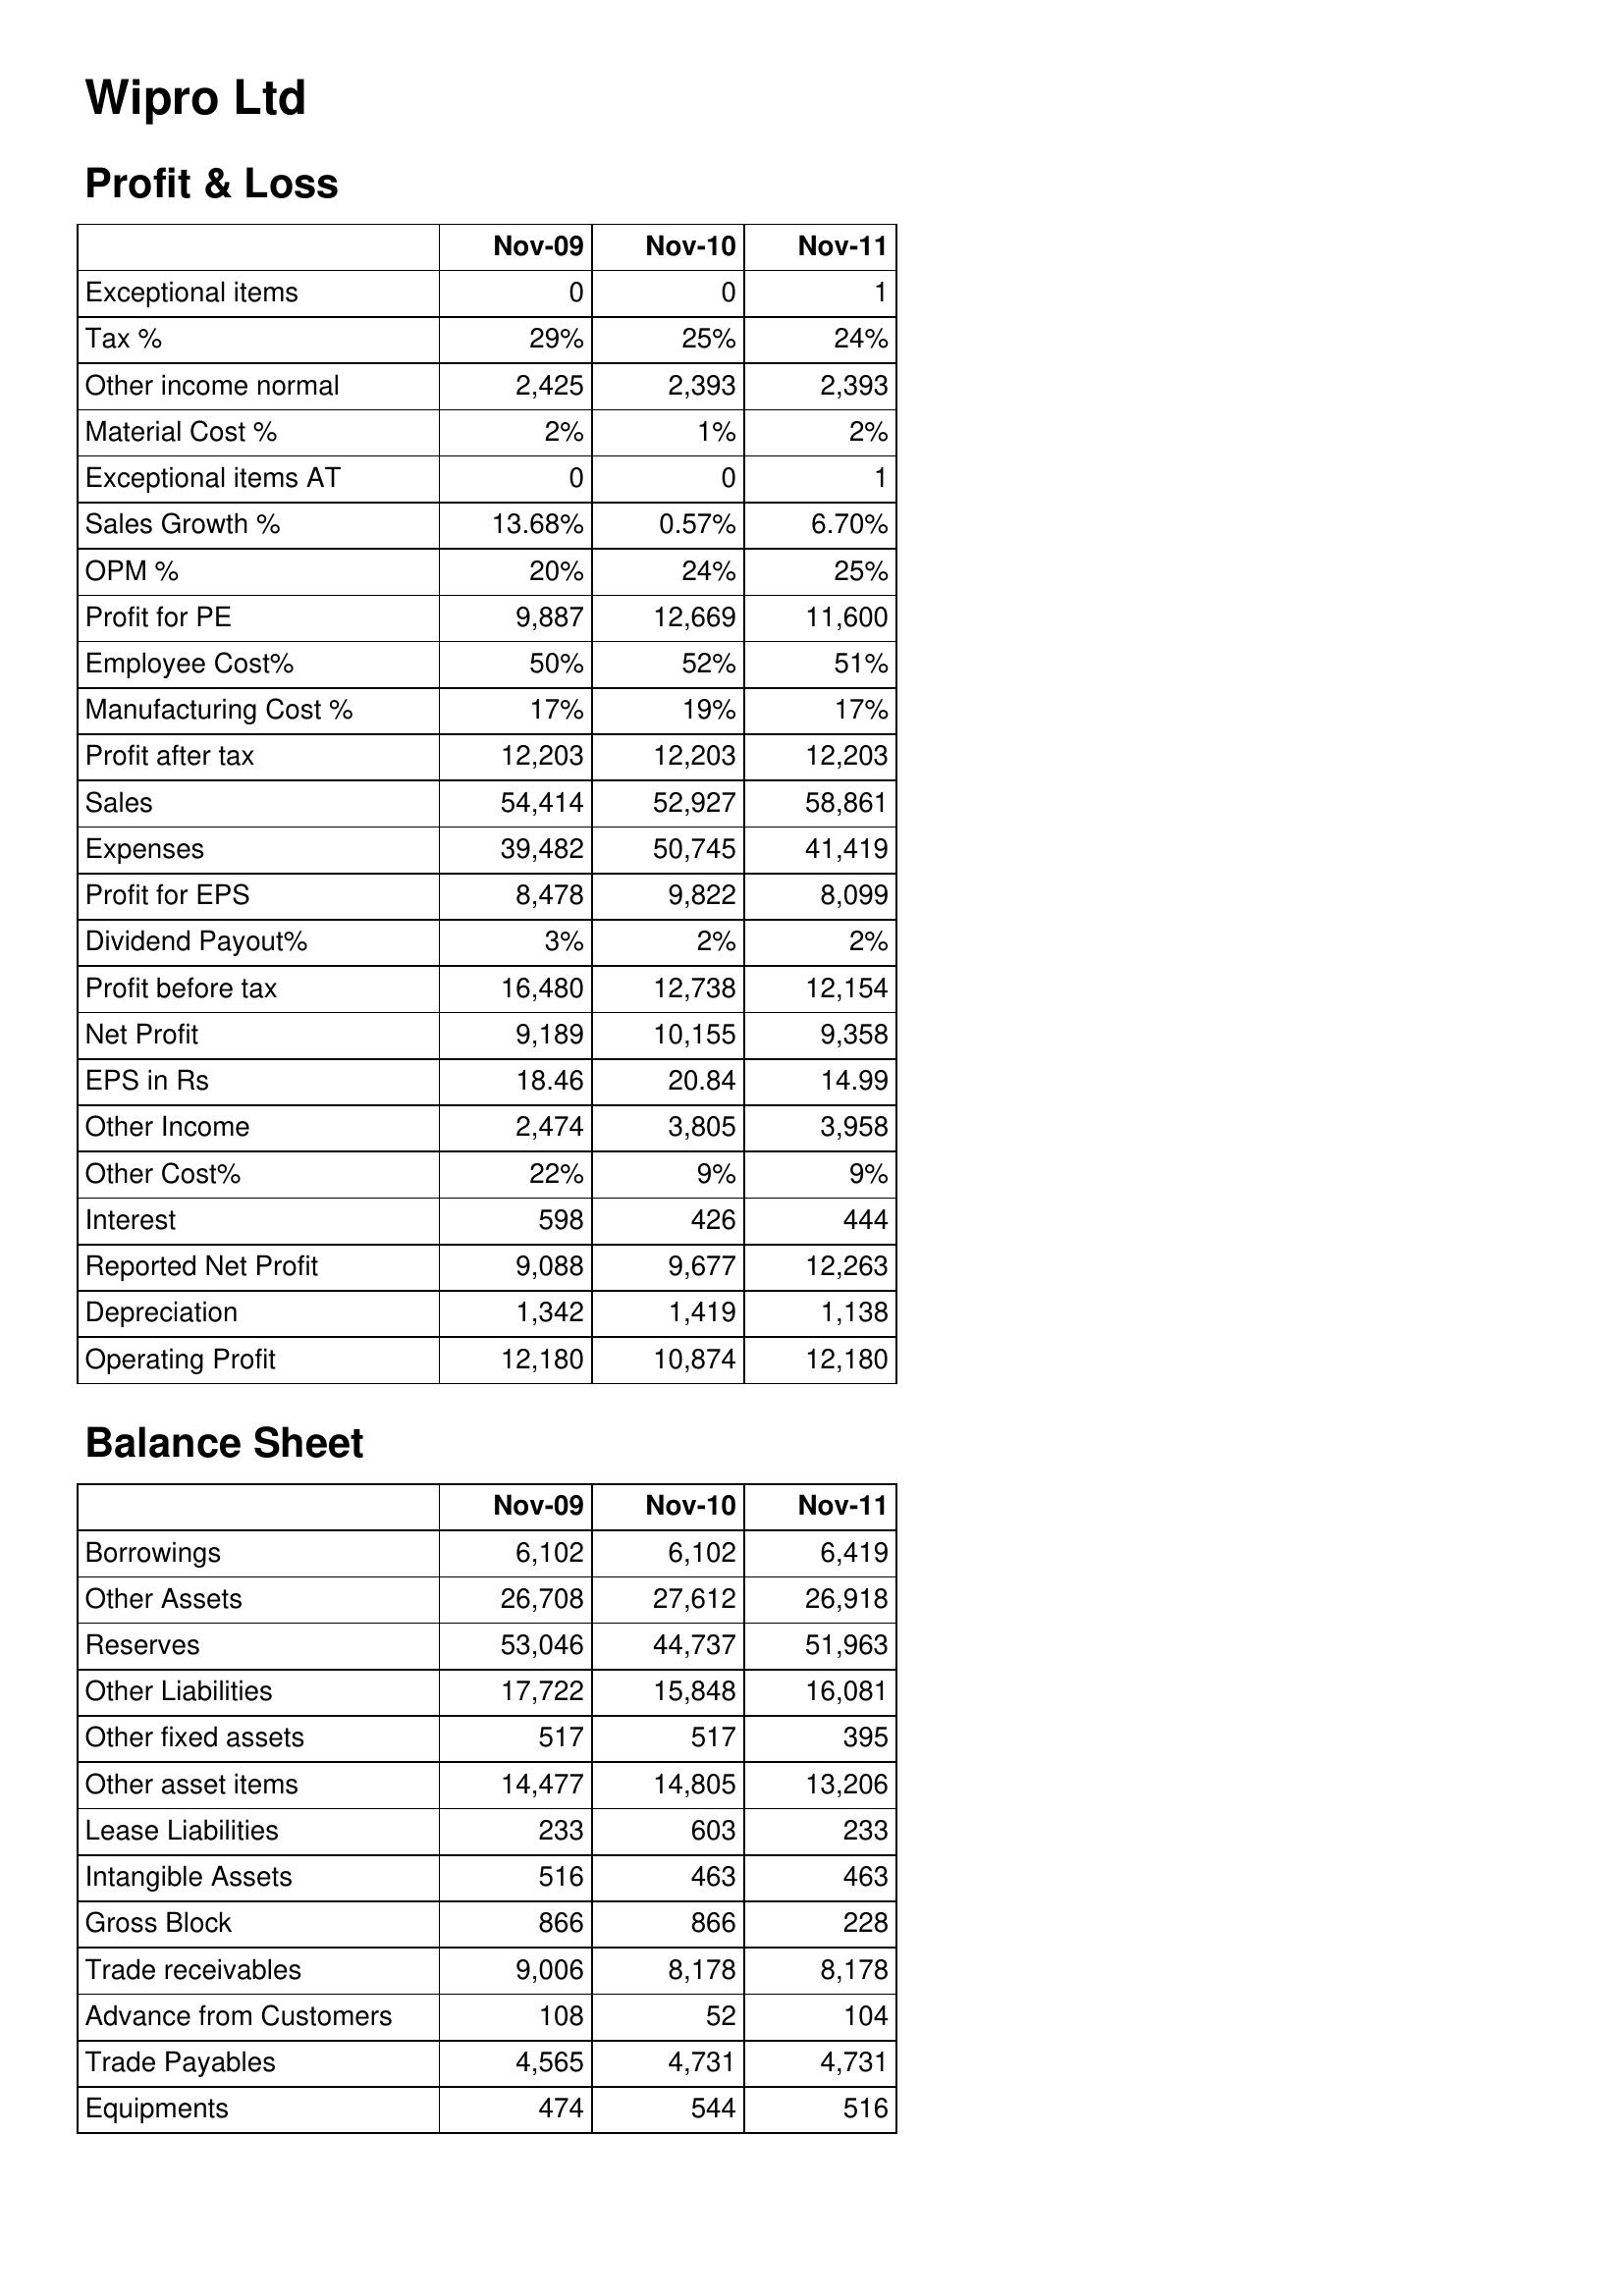
Nov-09: Profit & Loss: Exceptional items: 0
Tax %: 29%
Other income normal: 2,425
Material Cost %: 2%
Exceptional items AT: 0
Sales Growth %: 13.68%
OPM %: 20%
Profit for PE: 9,887
Employee Cost%: 50%
Manufacturing Cost %: 17%
Profit after tax: 12,203
Sales: 54,414
Expenses: 39,482
Profit for EPS: 8,478
Dividend Payout%: 3%
Profit before tax: 16,480
Net Profit: 9,189
EPS in Rs: 18.46
Other Income: 2,474
Other Cost%: 22%
Interest: 598
Reported Net Profit: 9,088
Depreciation: 1,342
Operating Profit: 12,180
Balance Sheet: Borrowings: 6,102
Other Assets: 26,708
Reserves: 53,046
Other Liabilities: 17,722
Other fixed assets: 517
Other asset items: 14,477
Lease Liabilities: 233
Intangible Assets: 516
Gross Block: 866
Trade receivables: 9,006
Advance from Customers: 108
Trade Payables: 4,565
Equipments: 474
Nov-10: Profit & Loss: Exceptional items: 0
Tax %: 25%
Other income normal: 2,393
Material Cost %: 1%
Exceptional items AT: 0
Sales Growth %: 0.57%
OPM %: 24%
Profit for PE: 12,669
Employee Cost%: 52%
Manufacturing Cost %: 19%
Profit after tax: 12,203
Sales: 52,927
Expenses: 50,745
Profit for EPS: 9,822
Dividend Payout%: 2%
Profit before tax: 12,738
Net Profit: 10,155
EPS in Rs: 20.84
Other Income: 3,805
Other Cost%: 9%
Interest: 426
Reported Net Profit: 9,677
Depreciation: 1,419
Operating Profit: 10,874
Balance Sheet: Borrowings: 6,102
Other Assets: 27,612
Reserves: 44,737
Other Liabilities: 15,848
Other fixed assets: 517
Other asset items: 14,805
Lease Liabilities: 603
Intangible Assets: 463
Gross Block: 866
Trade receivables: 8,178
Advance from Customers: 52
Trade Payables: 4,731
Equipments: 544
Nov-11: Profit & Loss: Exceptional items: 1
Tax %: 24%
Other income normal: 2,393
Material Cost %: 2%
Exceptional items AT: 1
Sales Growth %: 6.70%
OPM %: 25%
Profit for PE: 11,600
Employee Cost%: 51%
Manufacturing Cost %: 17%
Profit after tax: 12,203
Sales: 58,861
Expenses: 41,419
Profit for EPS: 8,099
Dividend Payout%: 2%
Profit before tax: 12,154
Net Profit: 9,358
EPS in Rs: 14.99
Other Income: 3,958
Other Cost%: 9%
Interest: 444
Reported Net Profit: 12,263
Depreciation: 1,138
Operating Profit: 12,180
Balance Sheet: Borrowings: 6,419
Other Assets: 26,918
Reserves: 51,963
Other Liabilities: 16,081
Other fixed assets: 395
Other asset items: 13,206
Lease Liabilities: 233
Intangible Assets: 463
Gross Block: 228
Trade receivables: 8,178
Advance from Customers: 104
Trade Payables: 4,731
Equipments: 516